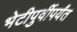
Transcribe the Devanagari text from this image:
भेटीपुर्वीपर्यंत